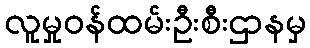
လူမှုဝန်ထမ်းဦးစီးဌာနမှ